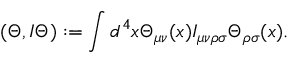
( \Theta , I \Theta ) : = \int d ^ { 4 } x \Theta _ { \mu \nu } ( x ) I _ { \mu \nu \rho \sigma } \Theta _ { \rho \sigma } ( x ) .